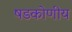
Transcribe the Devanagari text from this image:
षडकोणीय